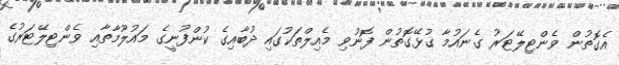
އެގޮތުން ވެންޓިލޭޓަރު ގެނައުމާ ގުޅޭގޮތުން ފޮނުވި މެއިލްތަކުގައި ދުބާއިގެ ކުންފުނީގެ މައުލޫމާތާއި ވެންޓިލޭޓަރުގެ